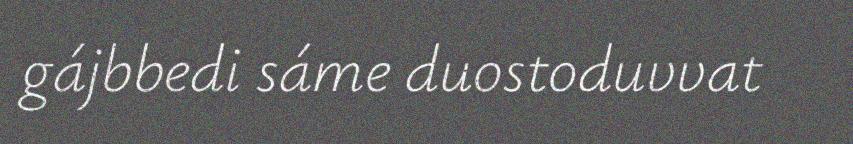
gájbbedi sáme duostoduvvat